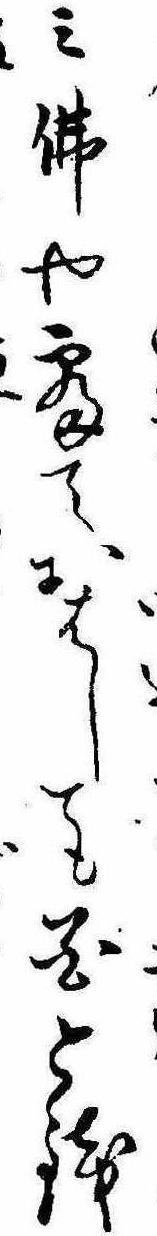
み仏や寝ておはしても花と銭